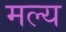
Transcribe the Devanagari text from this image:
मल्य